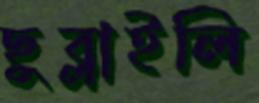
ছুব্‌লাইলি